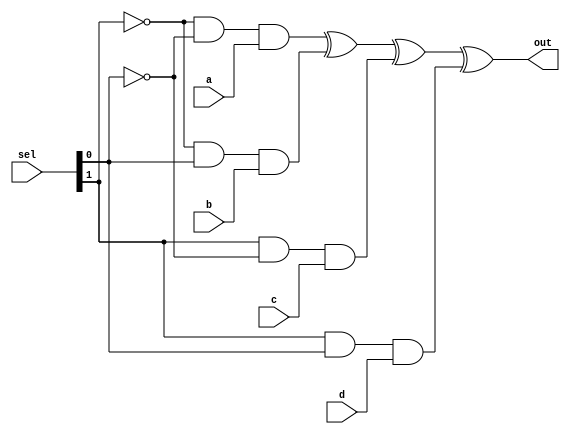

module mux(out,sel,a,b,c,d);
input [1:0] sel;
input a,b,c,d;

output out;

wire wa,wb,wc,wd;
and a0(wa,~sel[1],~sel[0],a);
and a1(wb,~sel[1],sel[0],b);
and a2(wc,sel[1],~sel[0],c);
and a3(wd,sel[1],sel[0],d);
xor x0(out,wa,wb,wc,wd);


endmodule